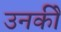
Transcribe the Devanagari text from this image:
उनकीे